Scientific memoirs by medical officers of the Army of India - Part V,
Year: 1890
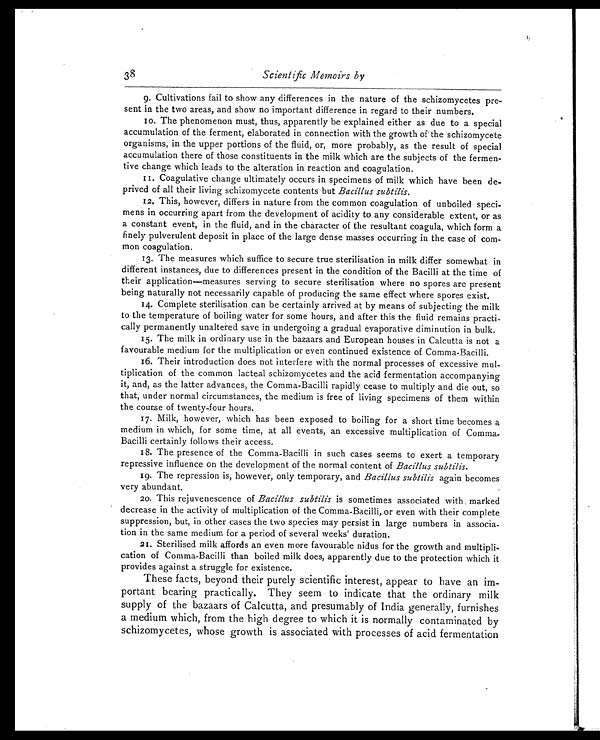
38
Scientific Memoirs by
9. Cultivations fail to show any differences in the nature of the schizomycetes pre-
sent in the two areas, and show no important difference in regard to their numbers.
10. The phenomenon must, thus, apparently be explained either as due to a special
accumulation of the ferment, elaborated in connection with the growth of the schizomycete
organisms, in the upper portions of the fluid, or, more probably, as the result of special
accumulation there of those constituents in the milk which are the subjects of the fermen-
tive change which leads to the alteration in reaction and coagulation.
11. Coagulative change ultimately occurs in specimens of milk which have been de-
prived of all their living schizomycete contents but Bacillus subtilis.
12. This, however, differs in nature from the common coagulation of unboiled speci-
mens in occurring apart from the development of acidity to any considerable extent, or as
a constant event, in the fluid, and in the character of the resultant coagula, which form a
finely pulverulent deposit in place of the large dense masses occurring in the case of com-
mon coagulation.
13. The measures which suffice to secure true sterilisation in milk differ somewhat in
different instances, due to differences present in the condition of the Bacilli at the time of
their application—measures serving to secure sterilisation where no spores are present
being naturally not necessarily capable of producing the same effect where spores exist.
14. Complete sterilisation can be certainly arrived at by means of subjecting the milk
to the temperature of boiling water for some hours, and after this the fluid remains practi-
cally permanently unaltered save in undergoing a gradual evaporative diminution in bulk.
15. The milk in ordinary use in the bazaars and European houses in Calcutta is not a
favourable medium for the multiplication or even continued existence of Comma-Bacilli.
16. Their introduction does not interfere with the normal processes of excessive mul-
tiplication of the common lacteal schizomycetes and the acid fermentation accompanying
it, and, as the latter advances, the Comma-Bacilli rapidly cease to multiply and die out, so
that, under normal circumstances, the medium is free of living specimens of them within
the course of twenty-four hours.
17. Milk, however, which has been exposed to boiling for a short time becomes a
medium in which, for some time, at all events, an excessive multiplication of Comma-
Bacilli certainly follows their access.
18. The presence of the Comma-Bacilli in such cases seems to exert a temporary
repressive influence on the development of the normal content of Bacillus subtilis.
19. The repression is, however, only temporary, and Bacillus subtilis again becomes
very abundant.
20. This rejuvenescence of Bacillus subtilis is sometimes associated with marked
decrease in the activity of multiplication of the Comma-Bacilli, or even with their complete
suppression, but, in other cases the two species may persist in large numbers in associa-
tion in the same medium for a period of several weeks' duration.
21. Sterilised milk affords an even more favourable nidus for the growth and multipli-
cation of Comma-Bacilli than boiled milk does, apparently due to the protection which it
provides against a struggle for existence.
These facts, beyond their purely scientific interest, appear to have an im-
portant bearing practically. They seem to indicate that the ordinary milk
supply of the bazaars of Calcutta, and presumably of India generally, furnishes
a medium which, from the high degree to which it is normally contaminated by
schizomycetes, whose growth is associated with processes of acid fermentation